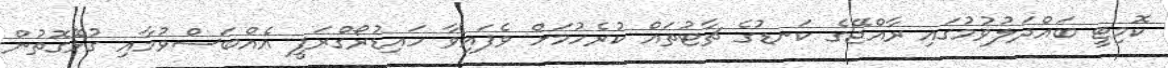
ކޮމިޓީ ބައްދަލުވުމުގައި ރާއްޖޭގެ ކަނޑުގެ ޗާޓުތައް ކުރެހުމަށް ވެފައިވާ ހައިޑުރޯގްރަފީ އެއްބަސްވުމާއި ގުޅޭގޮތުން